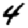
Digit: 4